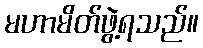
မဟာမိတ်ဖွဲ့ရသည်။